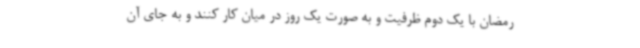
رمضان با یک دوم ظرفیت و به صورت یک روز در میان کار کنند و به جای آن